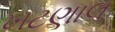
ખટણાલ